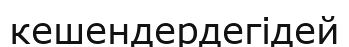
кешендердегідей